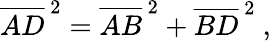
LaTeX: {\overline{{AD}}}^{\, 2}={\overline{{AB}}}^{\, 2}+{\overline{{BD}}}^{\, 2}\ ,